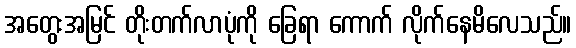
အတွေးအမြင် တိုးတက်လာပုံကို ခြေရာ ကောက် လိုက်နေမိလေသည်။